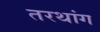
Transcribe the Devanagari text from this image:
तरथांग